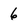
Character: 6